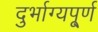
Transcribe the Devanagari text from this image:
दुर्भाग्यपू्‌र्ण